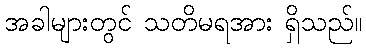
အခါများတွင် သတိမရအား ရှိသည်။